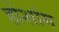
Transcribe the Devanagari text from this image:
होशांग